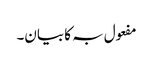
مفعول بہ کا بیان۔